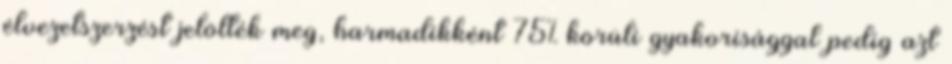
élvezetszerzést jelölték meg, harmadikként 75% körüli gyakorisággal pedig azt